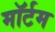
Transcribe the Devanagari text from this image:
मॉर्टम